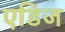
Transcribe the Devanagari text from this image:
एडिज